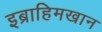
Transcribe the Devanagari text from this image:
इब्राहिमखान